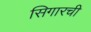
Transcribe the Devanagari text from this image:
सिगारची